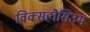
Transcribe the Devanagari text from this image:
विक्सहौसिउम